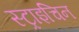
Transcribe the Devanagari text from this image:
स्ट्राइचिन